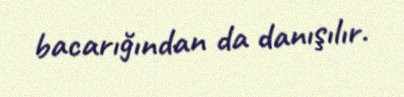
bacarığından da danışılır.